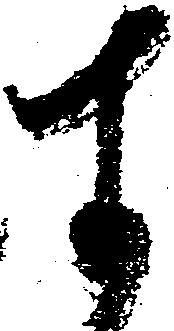
す